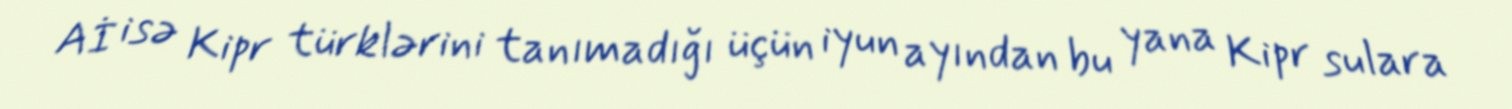
Aİ isə Kipr türklərini tanımadığı üçün iyun ayından bu yana Kipr sulara